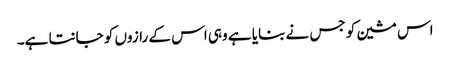
اس مشین کو جس نے بنایا ہے وہی اس کے رازوں کو جانتا ہے۔